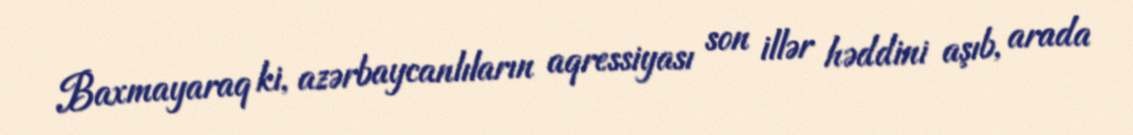
Baxmayaraq ki, azərbaycanlıların aqressiyası son illər həddini aşıb, arada